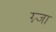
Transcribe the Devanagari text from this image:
ग्न्जा